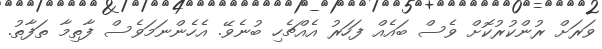
ވަރަށް ރުންކުރުކޮށް ވެސް ބައެއް ފަހަރު އެއްޗެހި ބުނެވޭ. އެހެންނަމަވެސް ފާތިމާ ތަފާތު.